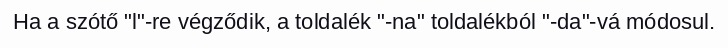
Ha a szótő "l"-re végződik, a toldalék "-na" toldalékból "-da"-vá módosul.